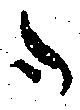
御